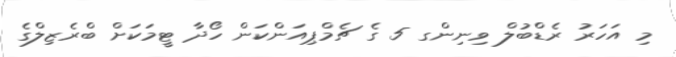
މި އަހަރު ރެޑްބުލް ވިނިންގ 5 ގެ ޗެމްޕިއަންކަން ހޯދާ ޓީމަކަށް ބްރެޒިލްގެ